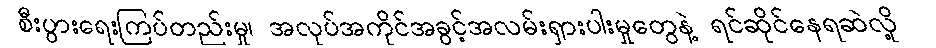
စီးပွားရေးကြပ်တည်းမှု၊ အလုပ်အကိုင်အခွင့်အလမ်းရှားပါးမှုတွေနဲ့ ရင်ဆိုင်နေရဆဲလို့